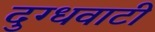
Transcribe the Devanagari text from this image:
दुग्धवाटी